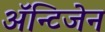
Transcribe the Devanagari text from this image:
ॲन्टिजेन